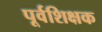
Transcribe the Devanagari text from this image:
पूर्वशिक्षक